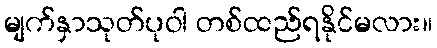
မျက်နှာသုတ်ပုဝါ တစ်ထည်ရနိုင်မလား။